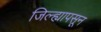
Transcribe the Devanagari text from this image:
जिल्ह्यापसून